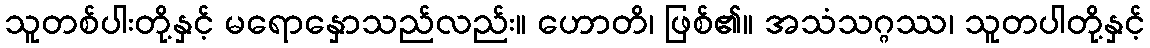
သူတစ်ပါးတို့နှင့် မရောနှောသည်လည်း။ ဟောတိ၊ ဖြစ်၏။ အသံသဂ္ဂဿ၊ သူတပါတို့နှင့်